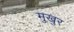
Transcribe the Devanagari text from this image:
मुखुर